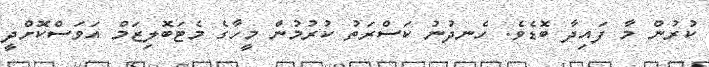
ކުރުން މާ ފައިދާ ބޮޑެވެ. ހެނދުނު ކަސްރަތު ކުރުމުން މީހާގެ މެޓަބޮލިޒަމް އަވަސްކޮށްދީ